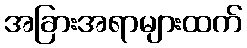
အခြားအရာများထက်